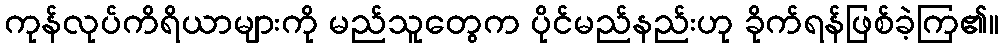
ကုန်လုပ်ကိရိယာများကို မည်သူတွေက ပိုင်မည်နည်းဟု ခိုက်ရန်ဖြစ်ခဲ့ကြ၏။